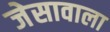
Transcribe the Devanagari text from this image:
जेसावाला